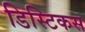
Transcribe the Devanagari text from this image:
डिस्टिकस